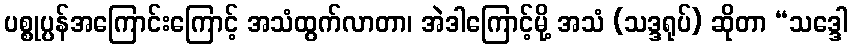
ပစ္စုပ္ပန်အကြောင်းကြောင့် အသံထွက်လာတာ၊ အဲဒါကြောင့်မို့ အသံ (သဒ္ဒရုပ်) ဆိုတာ “သဒ္ဒေါ